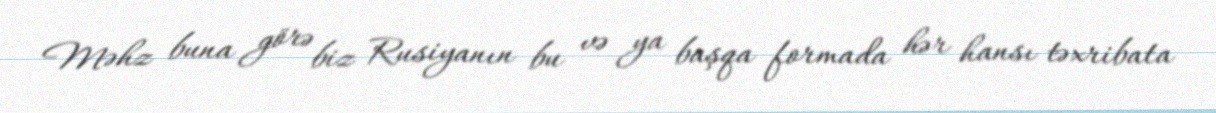
Məhz buna görə biz Rusiyanın bu və ya başqa formada hər hansı təxribata